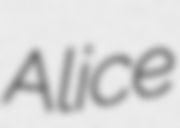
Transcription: Alice